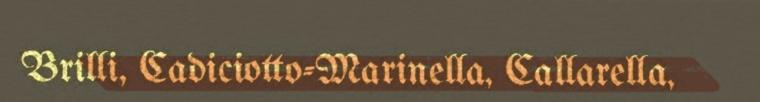
Brilli, Cadiciotto-Marinella, Callarella,